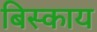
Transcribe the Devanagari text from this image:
बिस्काय